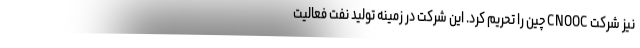
نیز شرکت CNOOC چین را تحریم کرد. این شرکت در زمینه تولید نفت فعالیت